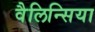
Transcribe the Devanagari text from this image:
वैलिन्सिया